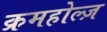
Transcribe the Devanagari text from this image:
क्रमहोल्ज़